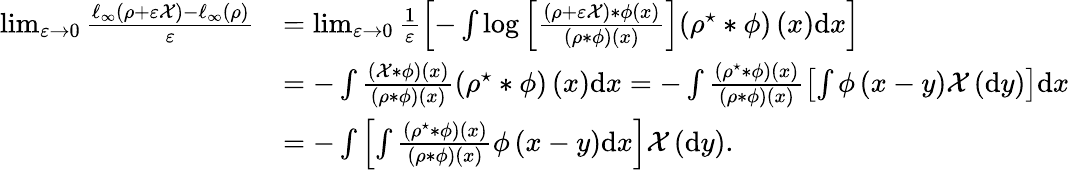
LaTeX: \begin{array}{rl}{\operatorname*{lim}_{\varepsilon\to 0}\frac{\ell_{\infty}\left(\rho+\varepsilon\mathcal{X}\right)-\ell_{\infty}\left(\rho\right)}{\varepsilon}}&{=\operatorname*{lim}_{\varepsilon\to 0}\frac{1}{\varepsilon}\left[-\int\log\left[\frac{\left(\rho+\varepsilon\mathcal{X}\right)*\phi\left(x\right)}{(\rho*\phi)\left(x\right)}\right](\rho^{\star}*\phi)\left(x\right)\mathrm{d}x\right]}\\ &{=-\int\frac{(\mathcal{X}*\phi)\left(x\right)}{(\rho*\phi)\left(x\right)}(\rho^{\star}*\phi)\left(x\right)\mathrm{d}x=-\int\frac{(\rho^{\star}*\phi)\left(x\right)}{(\rho*\phi)\left(x\right)}\left[\int\phi\left(x-y\right)\mathcal{X}\left(\mathrm{d}y\right)\right]\mathrm{d}x}\\ &{=-\int\left[\int\frac{(\rho^{\star}*\phi)\left(x\right)}{(\rho*\phi)\left(x\right)}\phi\left(x-y\right)\mathrm{d}x\right]\mathcal{X}\left(\mathrm{d}y\right).}\end{array}